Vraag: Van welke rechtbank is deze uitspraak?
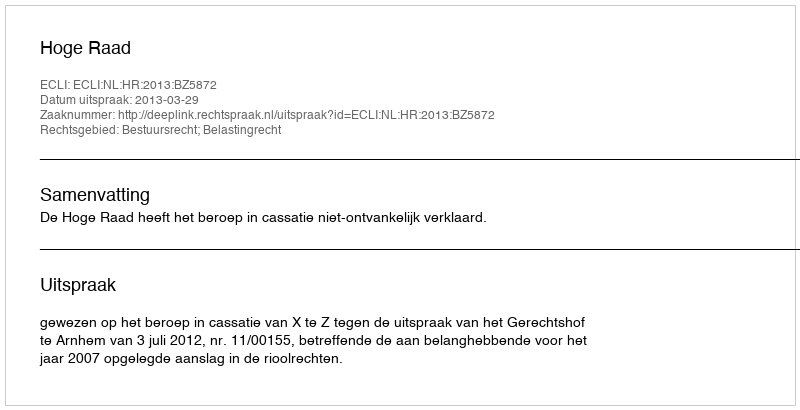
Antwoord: Hoge Raad